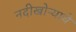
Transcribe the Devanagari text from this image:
नदीखोऱ्याचे